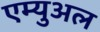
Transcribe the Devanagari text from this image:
एम्युअल